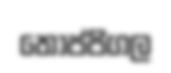
තොප්පිගල